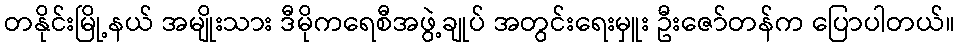
တနိုင်းမြို့နယ် အမျိုးသား ဒီမိုကရေစီအဖွဲ့ချုပ် အတွင်းရေးမှူး ဦးဇော်တန်က ပြောပါတယ်။